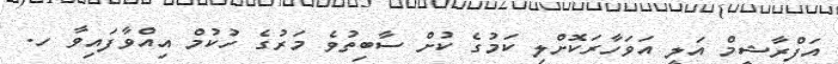
އަފްރާޝީމް އަލީ އަވަހާރަކޮށްލި ކަމުގެ ކުށް ސާބިތުވެ މަރުގެ ހުކުމް އިއްވާފައިވާ ހ.